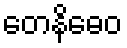
တေနိဓေဝ